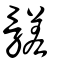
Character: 髊